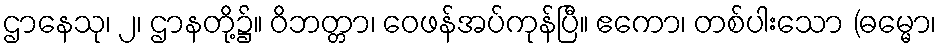
ဌာနေသု၊ ၂၊ ဌာနတို့၌။ ဝိဘတ္တာ၊ ဝေဖန်အပ်ကုန်ပြီ။ ဧကော၊ တစ်ပါးသော (ဓမ္မော၊